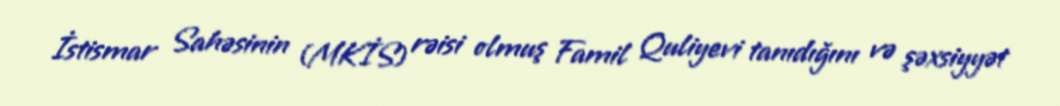
İstismar Sahəsinin (MKİS) rəisi olmuş Famil Quliyevi tanıdığını və şəxsiyyət